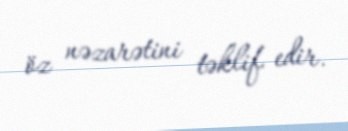
öz nəzarətini təklif edir.